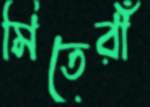
মিতেরাঁ